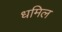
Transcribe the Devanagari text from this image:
धमिल